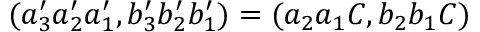
( a _ { 3 } ^ { \prime } a _ { 2 } ^ { \prime } a _ { 1 } ^ { \prime } , b _ { 3 } ^ { \prime } b _ { 2 } ^ { \prime } b _ { 1 } ^ { \prime } ) = ( a _ { 2 } a _ { 1 } C , b _ { 2 } b _ { 1 } C )